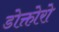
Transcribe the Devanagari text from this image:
डोक्तोरो